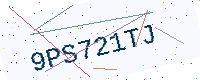
Text: 9PS721TJ